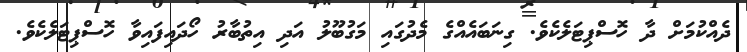
ދެއްކުމަށް ދާ ހޮސްޕިޓަލެކެވެ. ގިނަބައެއްގެ މެދުގައި މަގުބޫލު އަދި އިތުބާރު ހޯދައިފައިވާ ހޮސްޕިޓަލެކެވެ.